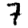
Digit: 7